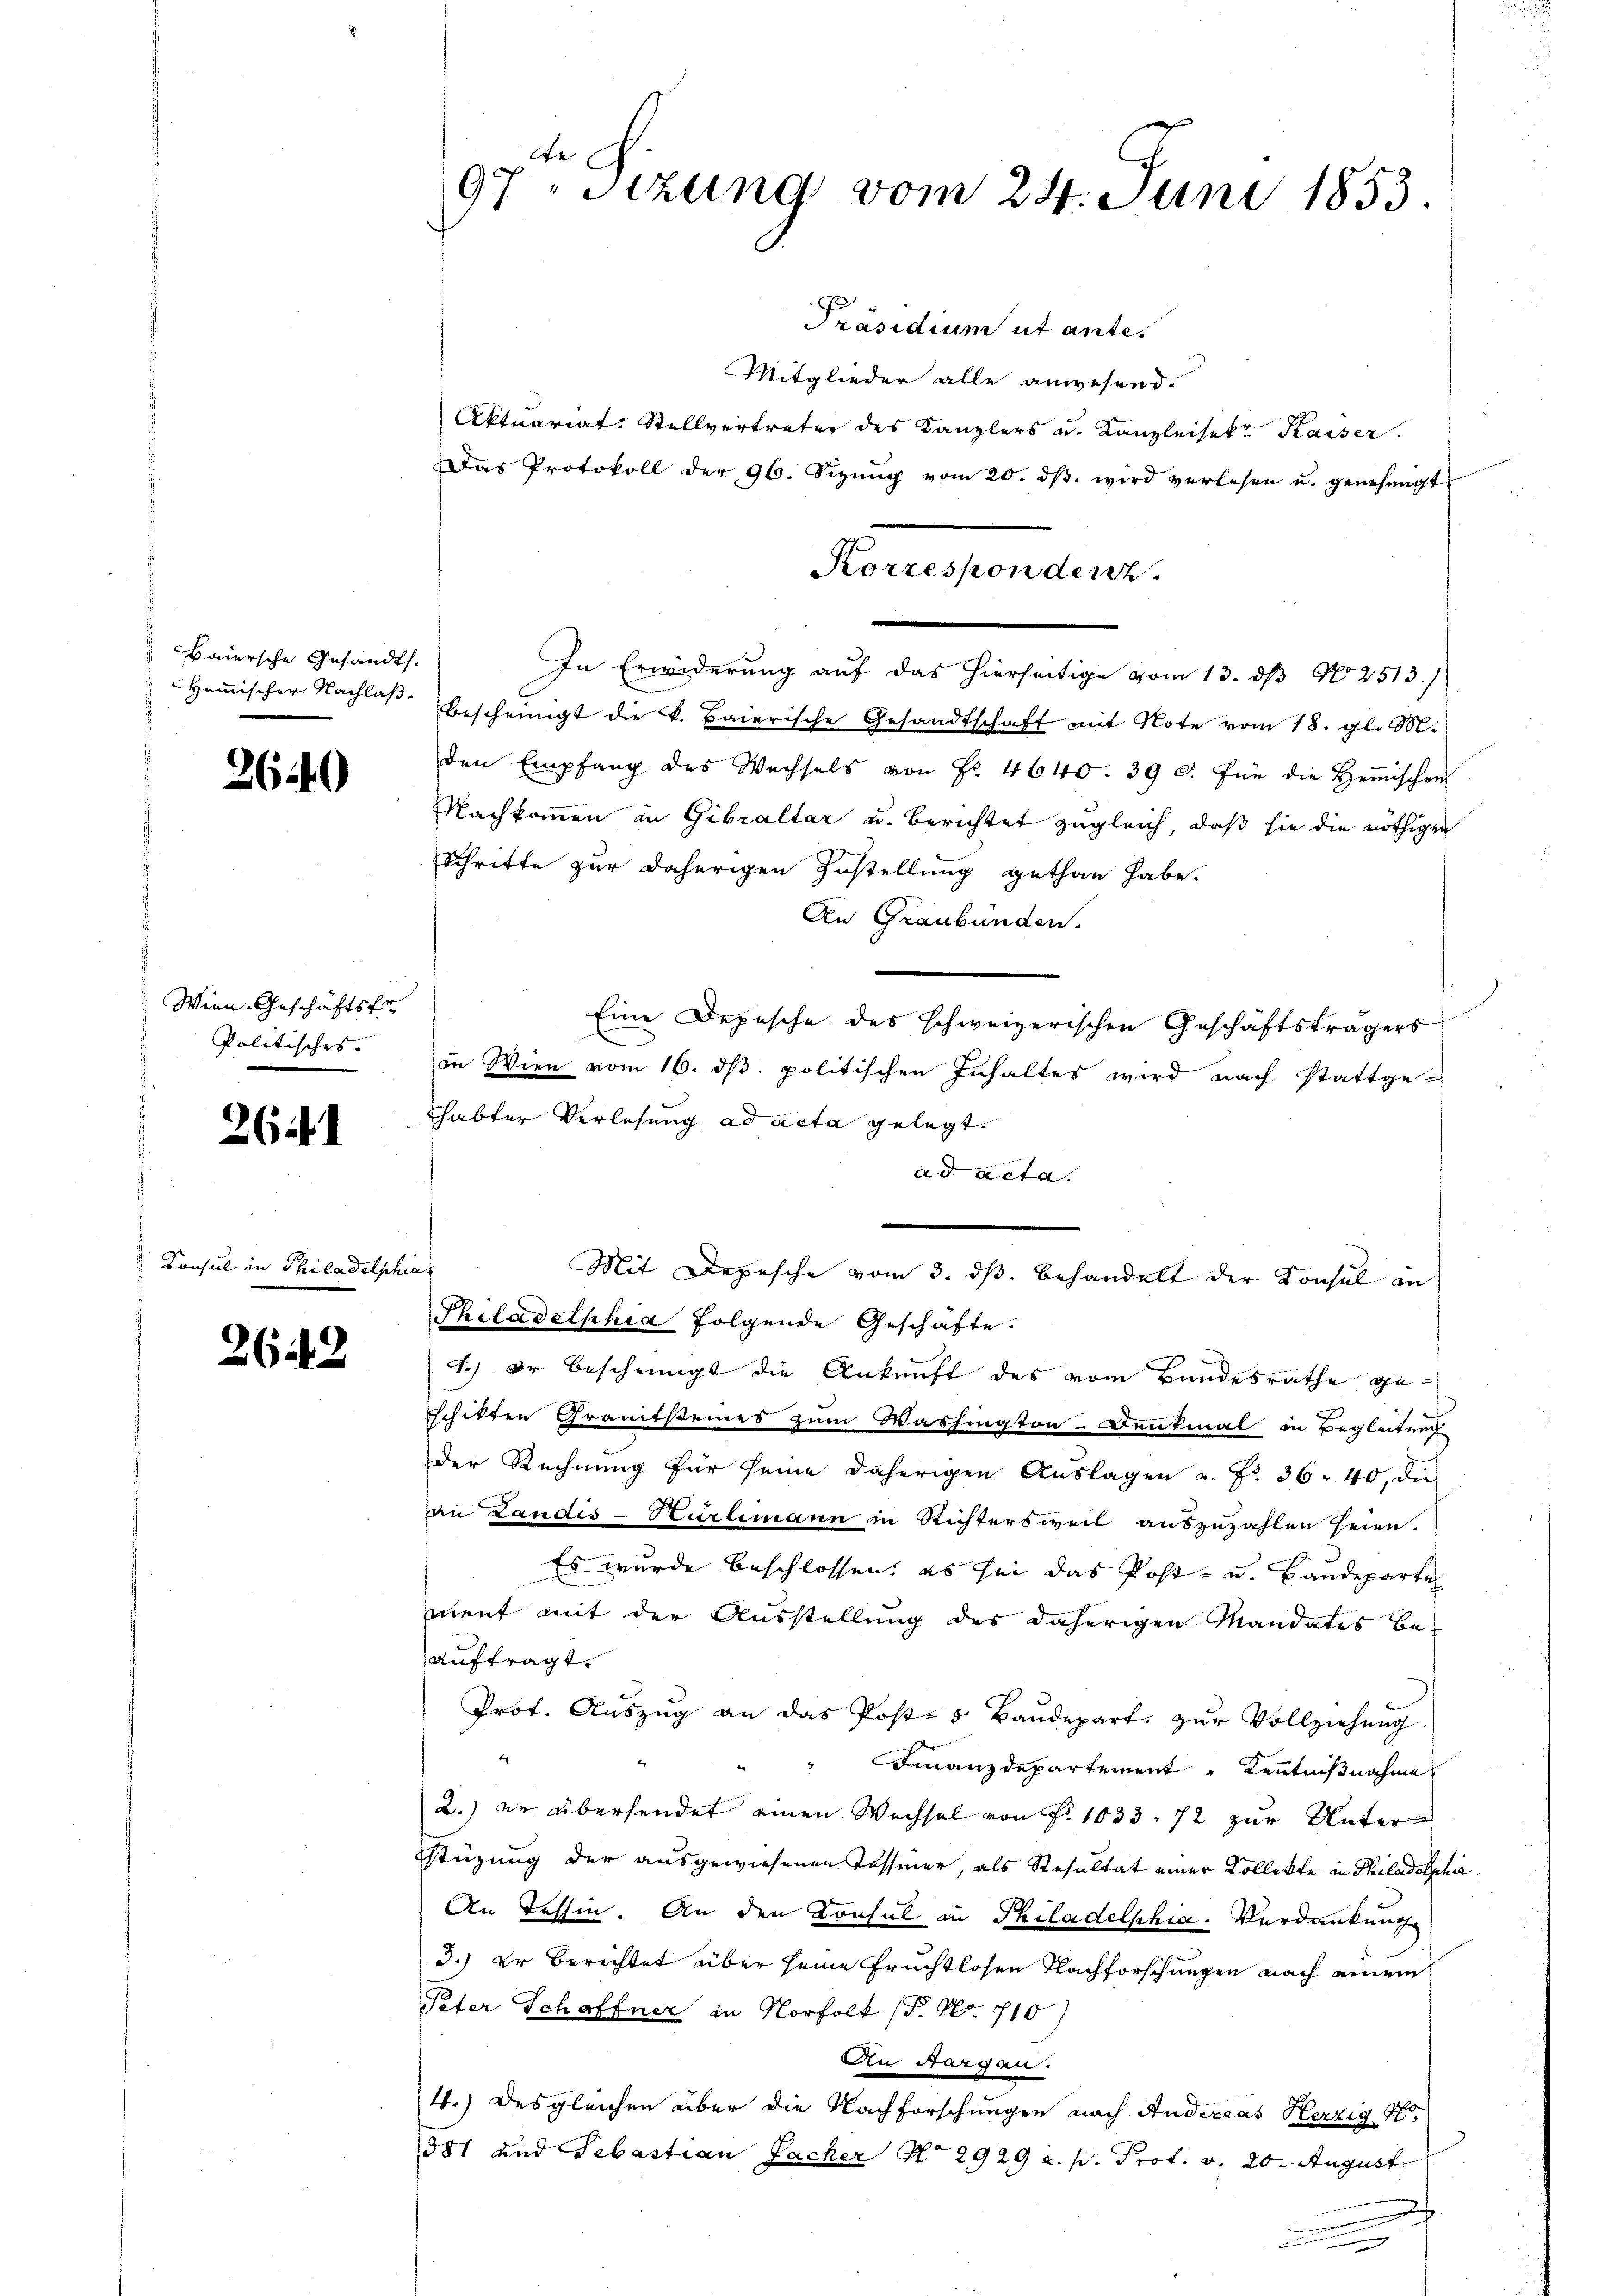
Baiersche Gesandts.
Hemischer Nachlaß

2640

Wien Geschäftsfr
Politisches. |

261

Konsul in Philadelphia

2643

97 "Sizung vom 24. Juni 1853.

Präsidium ut antes
Mitglieder alle anwesend.
Aktuariat Stellvertreter des Kanzlers u. Kanzleisekt Kaiser.
Das Protokoll der 96. Sizŭng vom 20. dβ. wird verlesen u. genehmigt
Korrespondenz.
In Erwiderung auf das hierseitige vom 13. dβ N. 2513./
bescheinigt die v. Baierische Gesandtschaft mit Note vom 18. gl. M.
den Empfang des Wechsels von Fr. 4640. 39 c. für die Hemischen
Nachkommen in Gibraltar u. Berichtet zugleich, daß sie die nöthigen
Schritte zur daherigen Zustellung gethan habe.
An Graubünden.
Eine Depesche des schweizerischen Geschäftsträgers
in Wien vom 16. ds. politischen Inhaltes wird nach stattge-
Thabter Verlesung ad acta gelegt.
ad acta.
Philadelphia folgende Geschäfte.
1.) Er bescheinigt die Ankunft des vom Bundesrathe geschikten Gramtsteines zum Washington-Denkmal in Begleitung
der Rechnung für seine daherigen Auslagen a. Fr. 36. 40, die
an Landis-Kurlemann in Richtersweil auszuzahlen seien.
Es wurde beschlossen, es sei das Post- u. Handeparten
ment mit der Ausstellung des daherigen Mandates be
auftragt.
Prot. Auszug an das Post- 5 Baudepart zur Vollziehung
4
Finanzdepartement " Kenntniβnahme
2.) er übersendet einen Wechsel von Fr. 1033, 12 zur Unter
stüzung der ausgewiesenen Tessier, als Resultat einer Kollekte in Philadelphe
An Tessin. An den Konsul in Philadelphia. Verdankung
3.) Er berichtet über seine Früchtlosen Nachforschungen nach einem
Peter Schaffner in Norfolt (S. Nr. 710)
An Aargau.
4.) Desgleichen über die Nachforschungen nach Andereas Herzig Fr.
581 und Sebastian Facher No 2929 a. p. Prof. v. 20. August
g

Mit Depesche vom 3. ds. behandelt der Konsul in